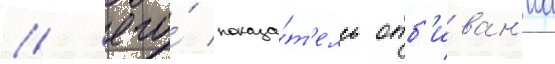
/ его́ показа́т'ель отб'иван'иа